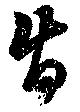
旨